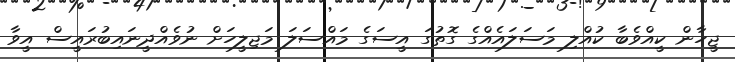
ޖީހާން ކީއްވެބާ ކުއްލި މަސަލައެއްގެ ގޮތުގަ އީސަގެ މައްސަލަ މަޖިލީހަށް ނުވެއްދީނައިބުރައީސް އީވާ